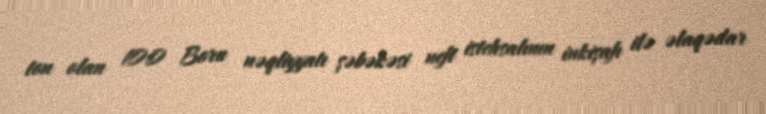
ton olan 100 Boru nəqliyyatı şəbəkəsi neft istehsalının inkişafı ilə əlaqədar